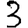
Digit: 3